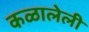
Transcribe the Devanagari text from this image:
कळालेली